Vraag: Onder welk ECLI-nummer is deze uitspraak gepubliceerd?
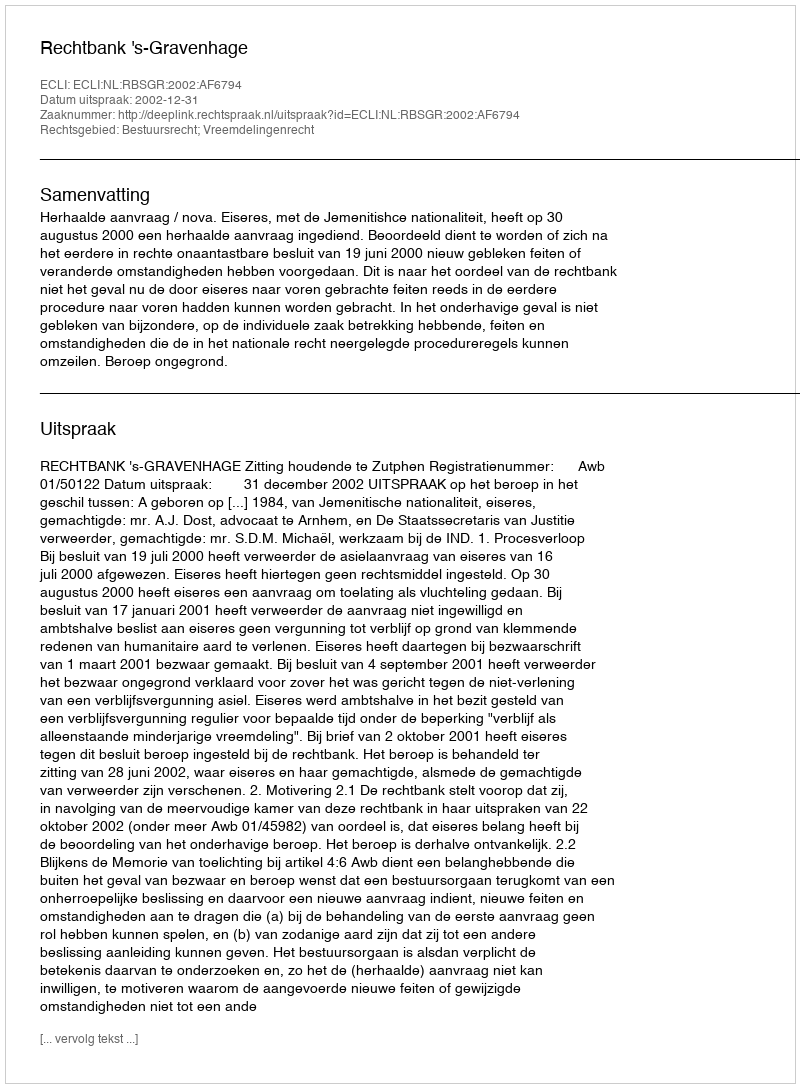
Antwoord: ECLI:NL:RBSGR:2002:AF6794